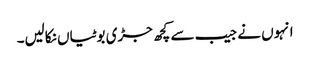
انہوں نے جیب سے کچھ جڑی بوٹیاں نکالیں۔